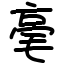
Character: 毫